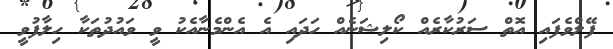
ފޭލްވެފައި އޮތް ސަރުކާރެއް ކޯލިޝަނެއް ހަދައި އެ އެންމެނާއެކު ވީ ވައުދުތަކާ ހިލާފުވީ